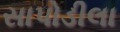
સાપોડીલા